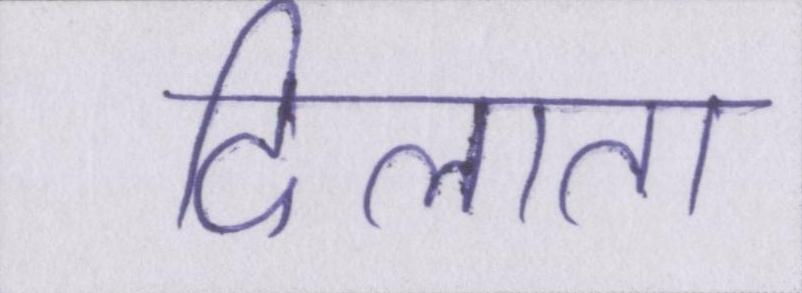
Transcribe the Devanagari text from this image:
दिलाता